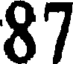
87